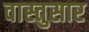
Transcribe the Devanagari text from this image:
वास्तुसार